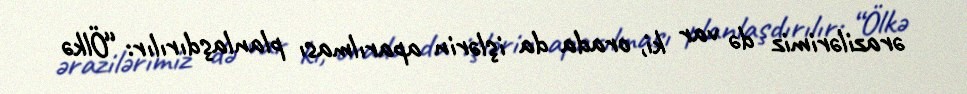
ərazilərimiz də var ki, orada da işlərin aparılması planlaşdırılır: “Ölkə